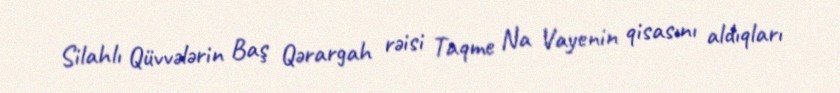
Silahlı Qüvvələrin Baş Qərargah rəisi Taqme Na Vayenin qisasını aldıqları